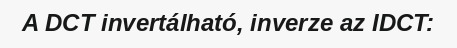
A DCT invertálható, inverze az IDCT: